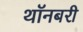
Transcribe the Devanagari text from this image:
थॉनबरी